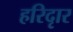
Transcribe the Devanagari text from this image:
हरिदृार